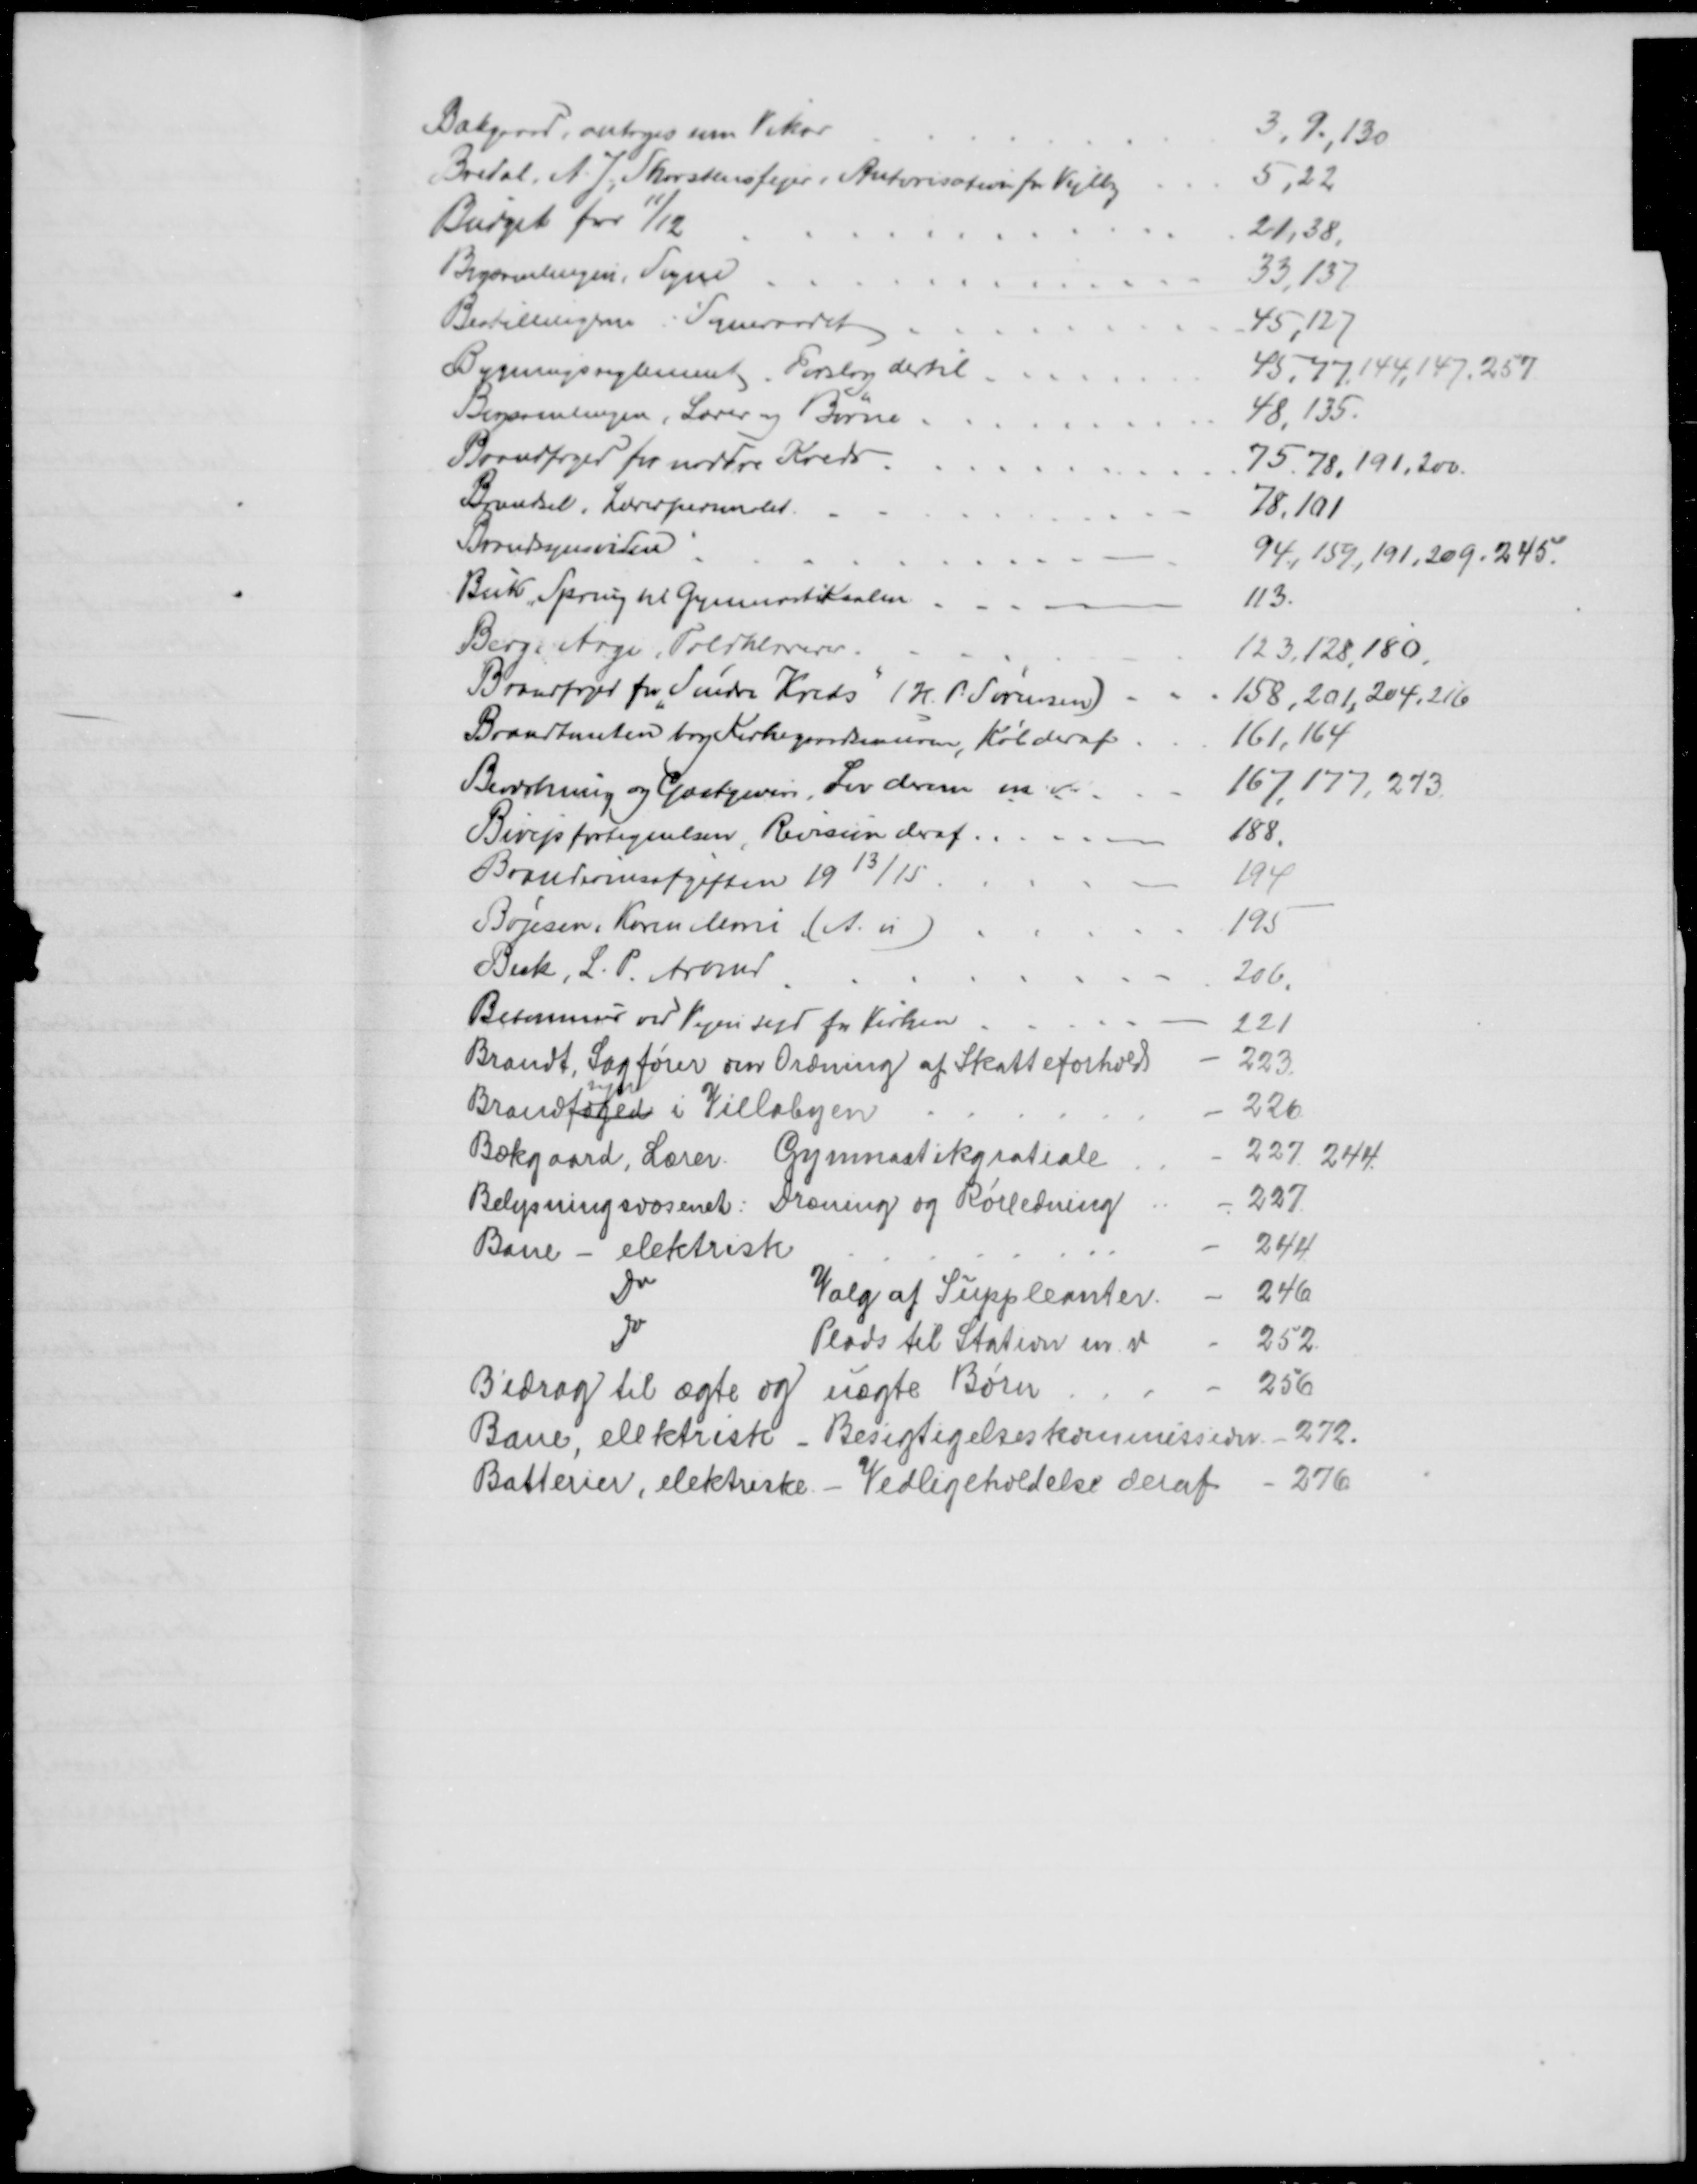
Transskription:
Bækgaard, antoges som Vikar
3,9,130
Bredal, A. J. Skovstensfejer, Autorisation for Vejlby
5,22
Budget for 11/12
21,38.
Bogsamlingen, Sogne
33,137
Bestillingerne i Sogneraadet
45,127
Bygningsreglement, Forslag dertil
45,77,144,147, 257
Bogsamlingen, Lærer og Børne
48,135.
Brandfoged for nordre Kreds
75,78,191,200.
Brændsel, Lærerpersonalet.
78,101
Brandssynsviden
94,159,191,209,245.
Buk, Spring til Gymnastiksalen.
113.
Berg, Aage, Toldklarerer.
123,128,180.
Brandfoged fra "Søndre Kreds" (H. P. Sørensen)
158, 201, 204, 216
Brandtomten bag Kirkegaardsmuren, Køb deraf
161,164
Beværtning og Gæstgiver, Lov derom m. v.
167,177, 273.
Bivejsfortegnelsen, Revision deraf
188.
Brændevinsafgiften 1913/15
194
Bojesen, Karen Marie (A. u)
195
Beck, L. P. Arbmd
206.
Betonmur ved Vejen syd for Kirken
221
Brandt, Sagfører om Ordning af Skatteforhold
223
Brandfoged 
syn
i Villabyen
226
Bækgaard, Lærer. Gymnastikgratiale
227, 244.
Belysningsvæsenet: Dræning og Rørledning
227.
Bane - elektrisk
244
Do
Valg af Suppleanter
246
Do
Plads til Station m. v.
252
Bidrag til ægte og uægte Børn
256
Bane, elektrisk Besigtigelseskommission. - 272.
Batterier, elektriske. - Vedligeholdelse deraf - 276